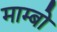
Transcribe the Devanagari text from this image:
माम्बो